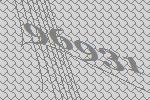
96931